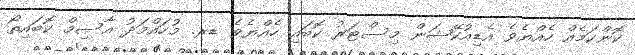
ކޮންކަމެއް ހެއްޔެވެ އެޑިއުކޭޝަން މިސްޓަރު ކޮބައި ހެއްޔެވެ ޑރ. މުހައްމަދު އާސިމް ކޮބައިތޯ